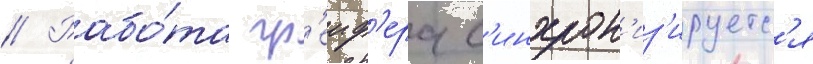
// Рабо́та гр'еиф'ера с'инхрон'из'ируетс'я